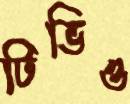
টিভিও